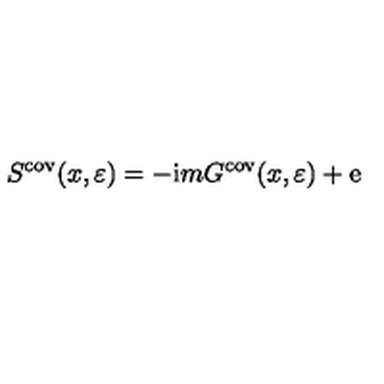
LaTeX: S ^ { \mathrm { c o v } } ( x , \varepsilon ) = - \mathrm { i } m G ^ { \mathrm { c o v } } ( x , \varepsilon ) + \mathrm { e }